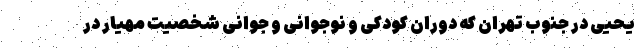
یحیی در جنوب تهران که دوران کودکی و نوجوانی و جوانی شخصیت مهیار در